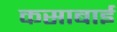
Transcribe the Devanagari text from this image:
कसाबाई